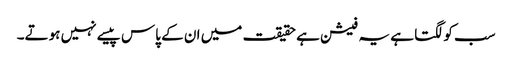
سب کو لگتا ہے یہ فیشن ہے حقیقت میں ان کے پاس پیسے نہیں ہوتے۔